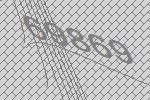
69869